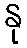
နု